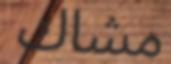
مشاك